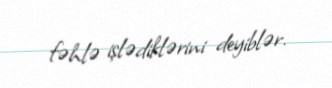
fəhlə işlədiklərini deyiblər.